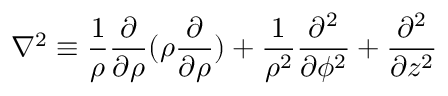
\nabla ^ { 2 } \equiv \frac { 1 } { \rho } \frac { \partial } { \partial \rho } ( \rho \frac { \partial } { \partial \rho } ) + \frac { 1 } { \rho ^ { 2 } } \frac { \partial ^ { 2 } } { \partial \phi ^ { 2 } } + \frac { \partial ^ { 2 } } { \partial z ^ { 2 } }